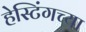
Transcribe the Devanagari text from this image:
हेस्टिंगच्या